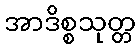
အာဒိစ္စသုတ္တ